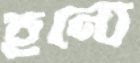
হন্যে